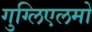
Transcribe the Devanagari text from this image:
गुग्लिएलमो